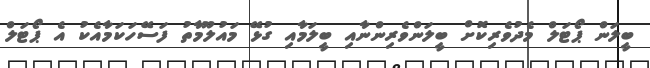
ބީލަން ޕޯޓަލް މެދުވެރިކޮށް ބީލަންވެރިންނާއި ބީލަމާއި ގުޅޭ މައުލޫމާތު ފަސޭހަކަމާއެކު އެ ޕޯޓަލް